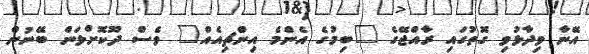
އޭނާ ވިދާޅުވި ގޮތުގައި ރާއްޖޭގެ "ބިމުގެ އެންމެ އިންޗިއެއް" ވެސް ދޫކޮށްލަން ބޭނުން